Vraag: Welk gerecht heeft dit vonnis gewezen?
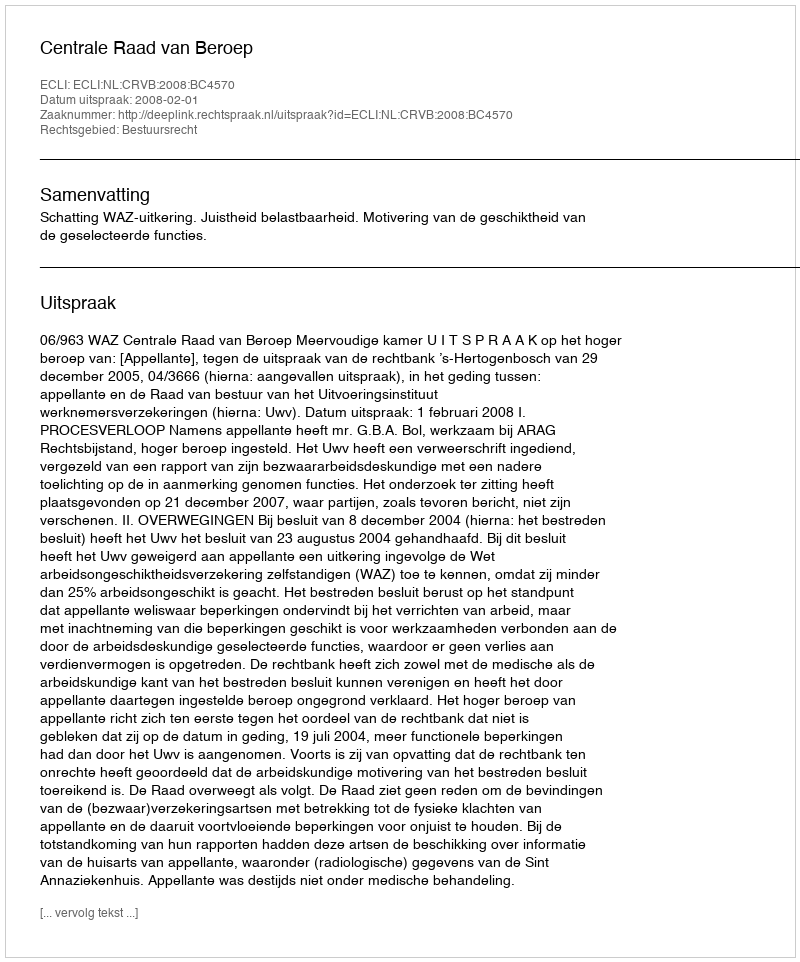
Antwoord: Centrale Raad van Beroep